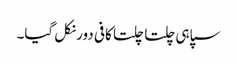
سپاہی چلتا چلتا کافی دور نکل گیا۔